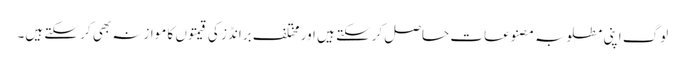
لوگ اپنی مطلوبہ مصنوعات حاصل کرسکتے ہیں اور مختلف برانڈز کی قیمتوں کا موازنہ بھی کر سکتے ہیں۔